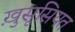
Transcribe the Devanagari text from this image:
ख़ुसूसियत